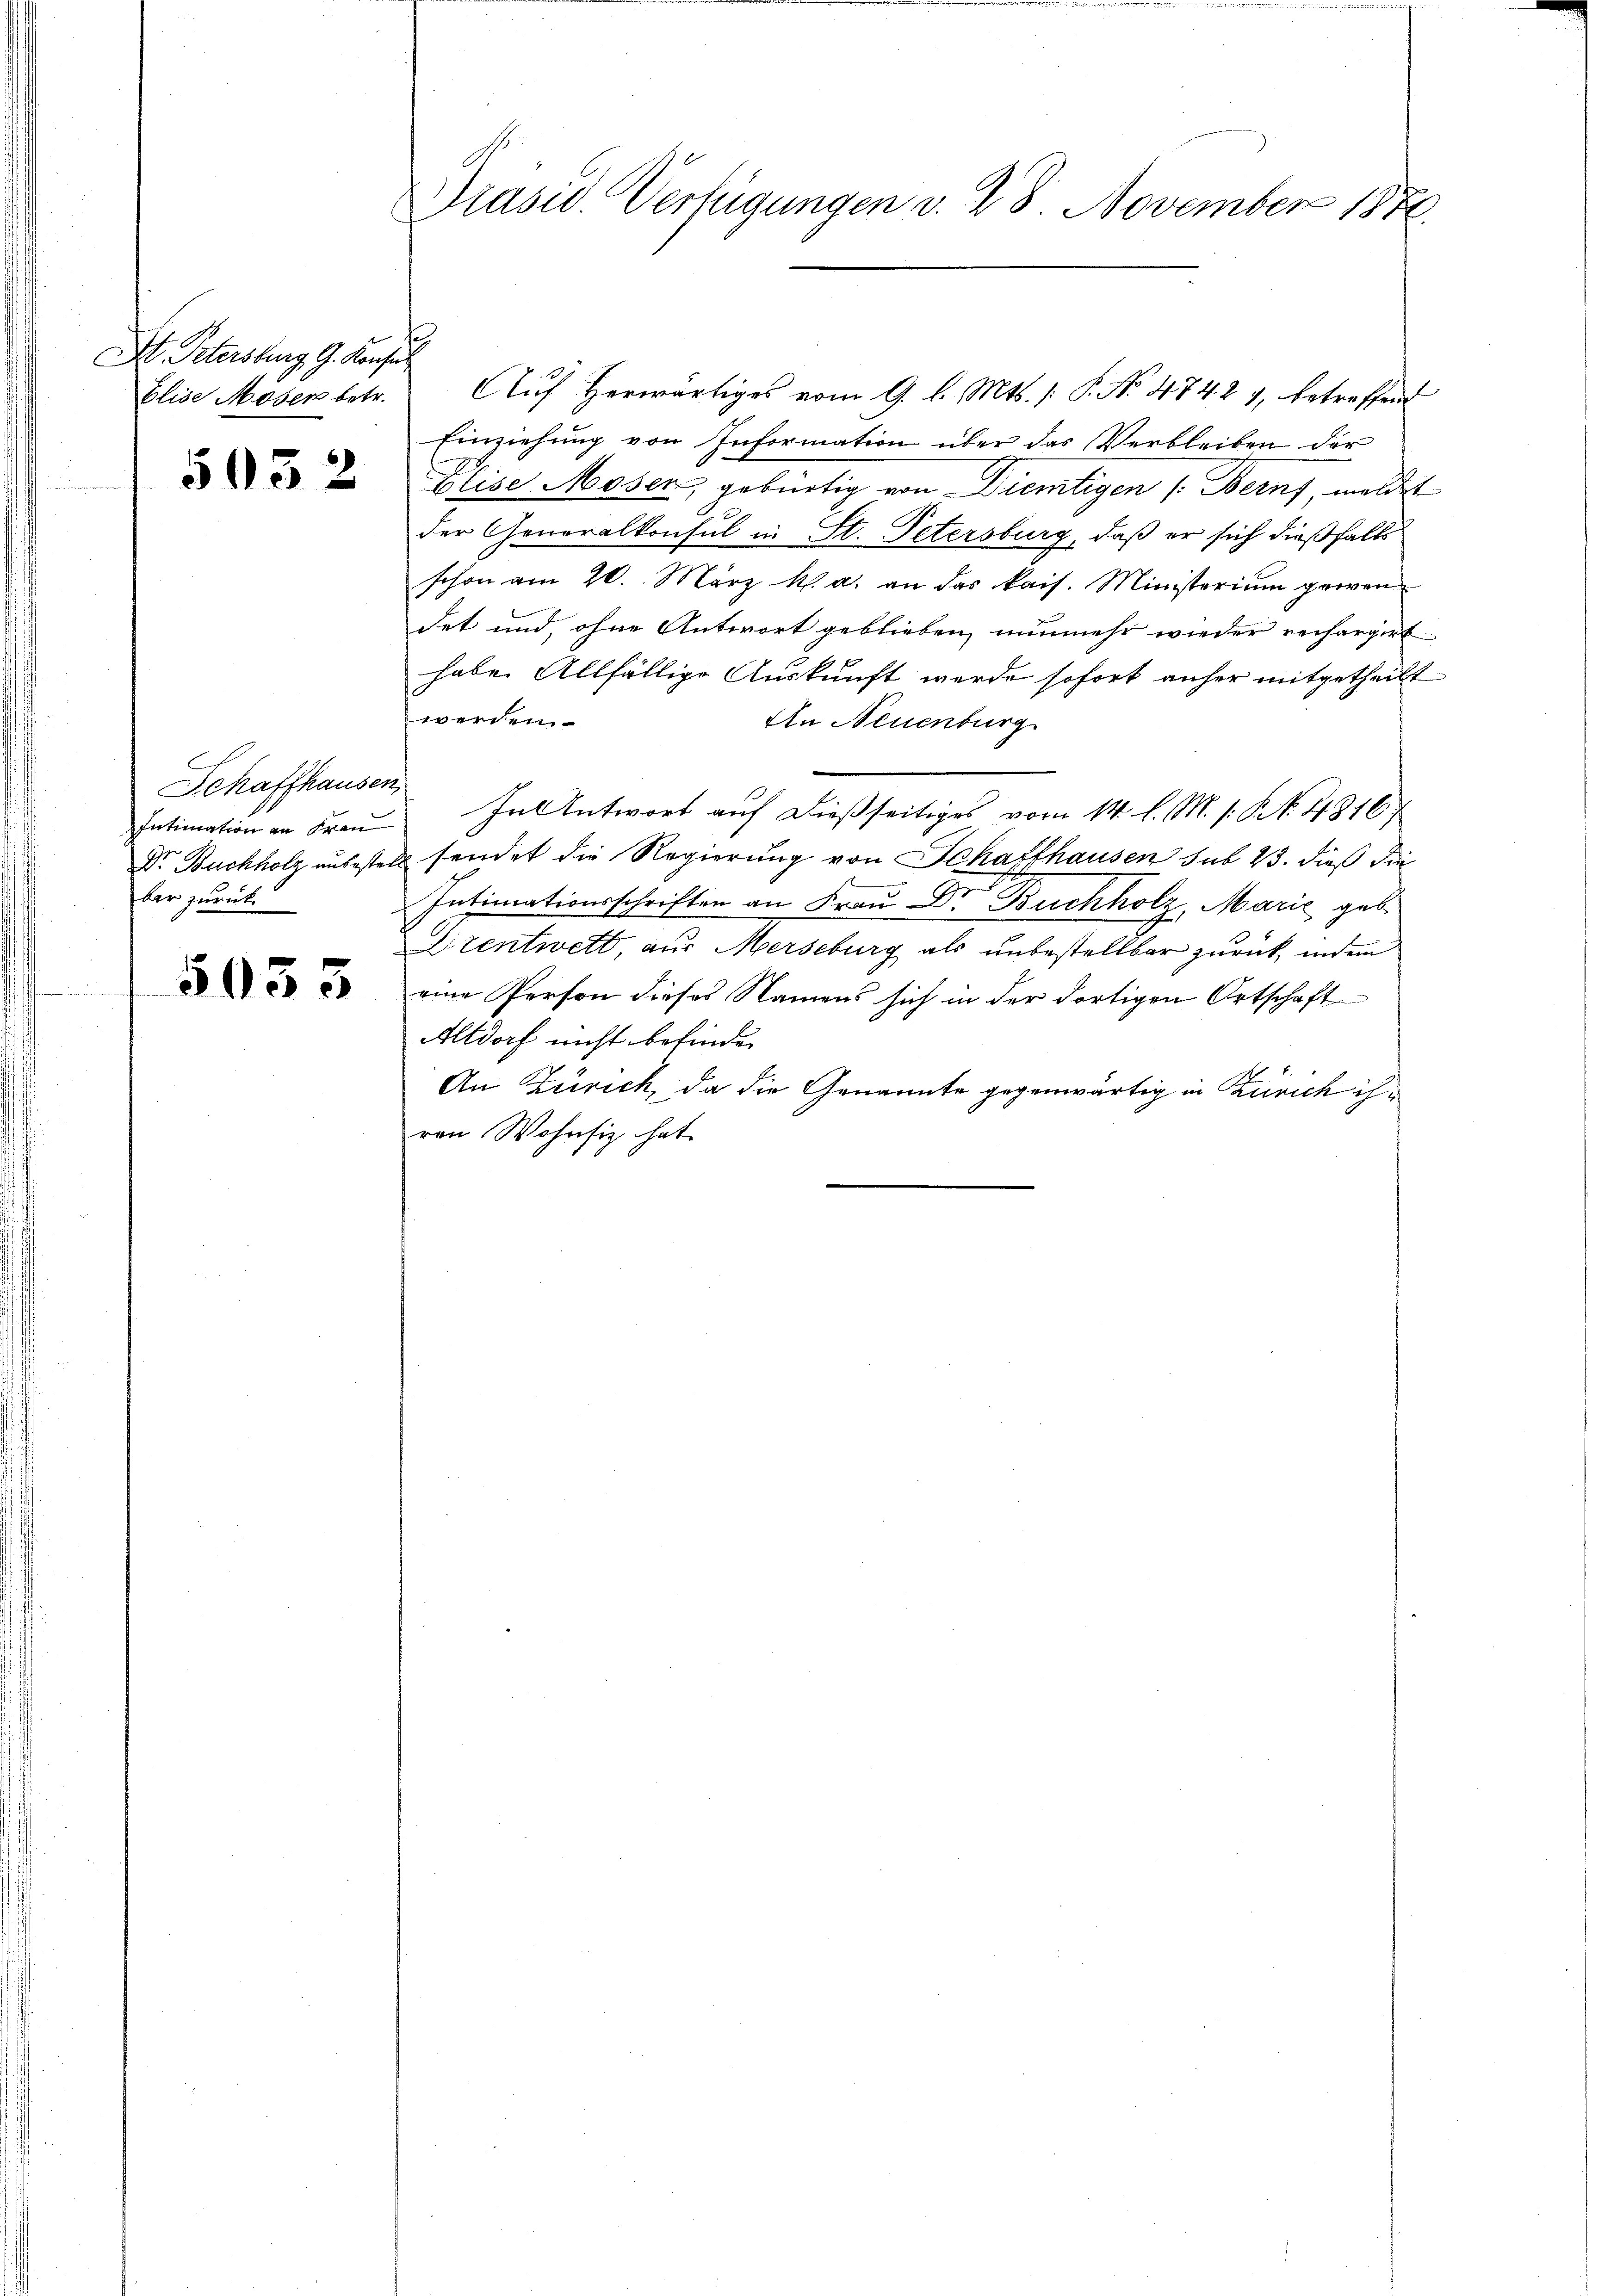
. Petersburg, G. Konsul
Elise Moser betr.

5032

Schaffhausen,
Intimation an Fran
Dr. Buchholz unbestel
ber zurück.

5033

Drasid. Verfügungen v. 28. November 1886.

e
Auf herwärtiges vom 9. l. Mts. /: P. No. 4742), betreffend
Einziehung von Information über das Verbleiben der
Elise Moser, gebürtig von Diemtigen /: Bern, meldet
der Generalkonsul in St. Petersburg, daß er sich dießfalls
schon am 20. März h. a. an das kais. Ministerium gewen
det und, ohne Antwort geblieben, nunmehr wieder rechargirt
habe. Allfällige Auskunft werde sofort anher mitgetheilt
werden.
An Neuenburg
In Antwort auf dießseitiges vom 14. l. M. s. S. 48167
 sendet die Regierung von Schafthausen sub 23. dieß die
Intimationsschriften an Frau Dr. Buchholz, Marie geb
Drentwett, aus Merseburg als unbestellbar zurück, indem
eine Person dieses Namens sich in der dortigen Ortschaft
Altdorf nicht befinden
An Zürich, da die Genannte gegenwärtig in Zürich ihren Wohnsiz hat.